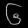
Digit: ၆